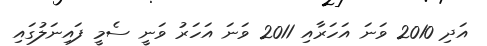
އަދި 2010 ވަނަ އަހަރާއި 2011 ވަނަ އަހަރު ވަނީ ސެމީ ފައިނަލުގައި